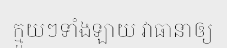
ក្មួយៗទាំងឡាយ វាធានាឲ្យ